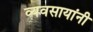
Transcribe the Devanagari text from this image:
व्यवसायांनी